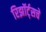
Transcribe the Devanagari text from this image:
रिझॉर्ट्‌सचे